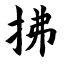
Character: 拂